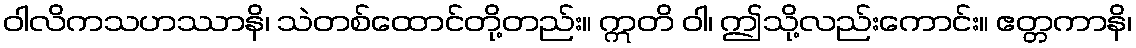
ဝါလိကသဟဿာနိ၊ သဲတစ်ထောင်တို့တည်း။ ဣတိ ဝါ၊ ဤသို့လည်းကောင်း။ ဧတ္တကာနိ၊